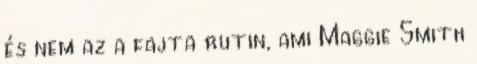
és nem az a fajta rutin, ami Maggie Smith